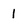
Character: 1